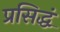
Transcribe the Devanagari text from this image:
प्रसिद्धं